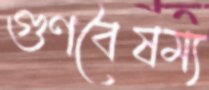
গুণবৈষম্য